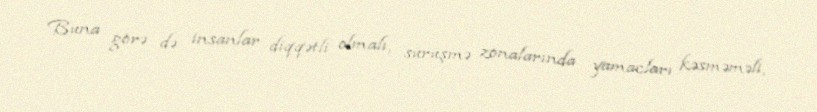
Buna görə də insanlar diqqətli olmalı, sürüşmə zonalarında yamacları kəsməməli,